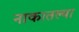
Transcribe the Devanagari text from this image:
नाकातल्या